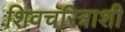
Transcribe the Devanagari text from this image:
शिवचरित्राशी